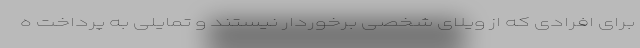
برای افرادی که از ویلای شخصی برخوردار نیستند و تمایلی به پرداخت ه